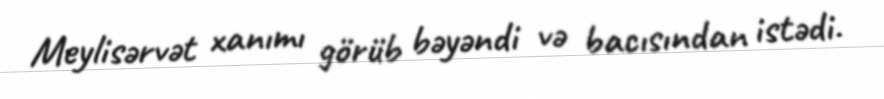
Meylisərvət xanımı görüb bəyəndi və bacısından istədi.